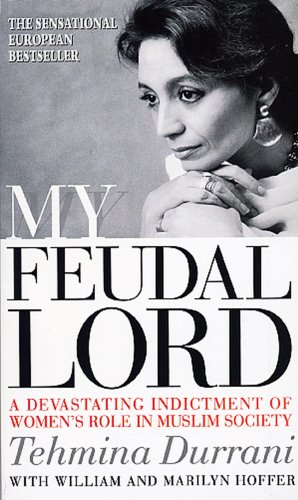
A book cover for My Feudal Lord: A Devastating Indictment of Women's Role in Muslim Society; Tehmina Durrani; History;